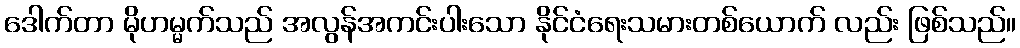
ဒေါက်တာ မိုဟမ္မက်သည် အလွန်အကင်းပါးသော နိုင်ငံရေးသမားတစ်ယောက် လည်း ဖြစ်သည်။